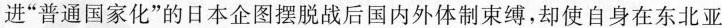
进”普通国家化”的日本企图摆脱战后国内外体制束缚，却使自身在东北亚